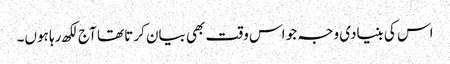
اس کی بنیادی وجہ جو اس وقت بھی بیان کرتا تھا آج لکھ رہا ہوں۔